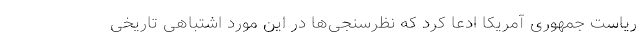
ریاست جمهوری آمریکا ادعا کرد که نظرسنجی‌ها در این مورد اشتباهی تاریخی